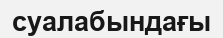
суалабындағы